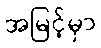
အမြင့်မှာ